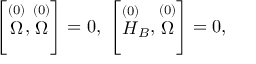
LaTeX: \left[ \stackrel { ( 0 ) } { \Omega } , \stackrel { ( 0 ) } { \Omega } \right] = 0 , \; \left[ \stackrel { ( 0 ) } { H } _ { B } , \stackrel { ( 0 ) } { \Omega } \right] = 0 ,